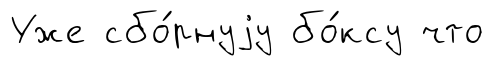
Уже сбо́рнуjу бо́ксу что